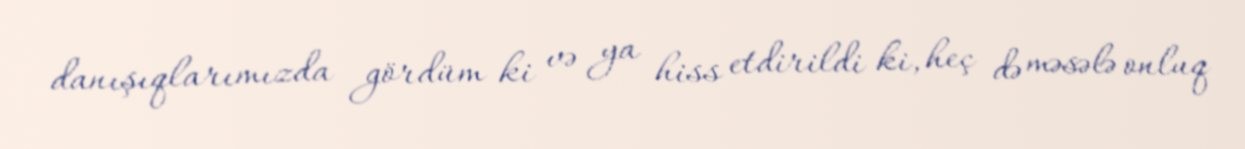
danışıqlarımızda gördüm ki və ya hiss etdirildi ki, heç də məsələ onluq